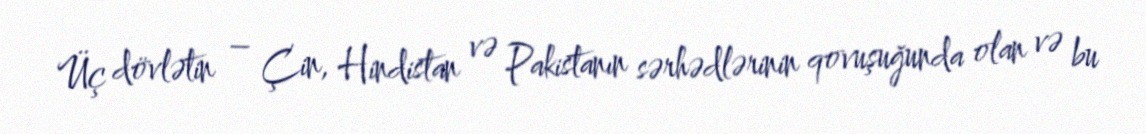
Üç dövlətin – Çin, Hindistan və Pakistanın sərhədlərinin qovuşuğunda olan və bu